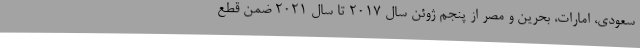
سعودی، امارات، بحرین و مصر از پنجم ژوئن سال ۲۰۱۷ تا سال ۲۰۲۱ ضمن قطع